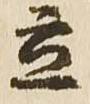
立